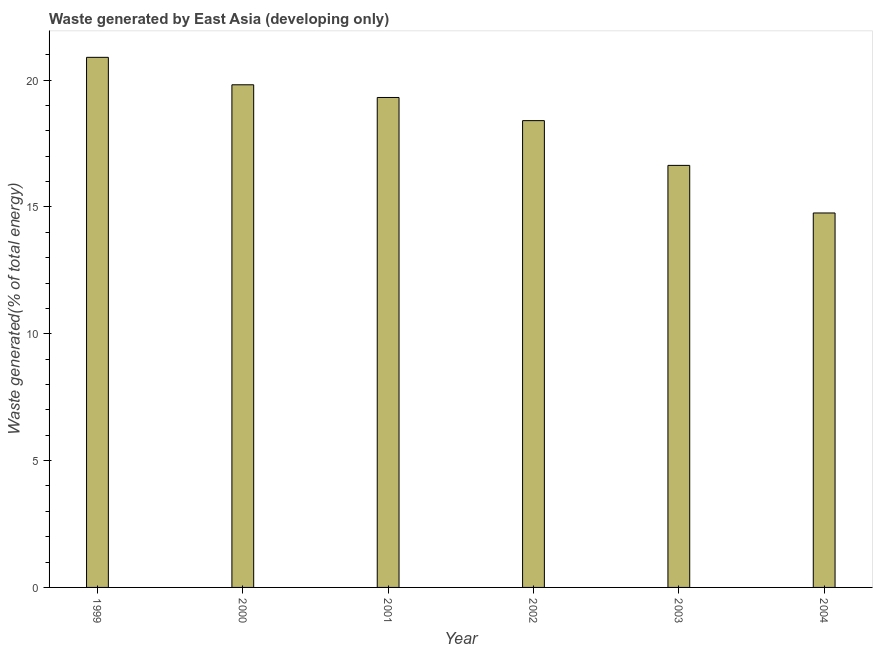
| Year | Combustible renewables and waste (% of total energy) |
 | --- | --- |
 | 1999 | 20.9 |
 | 2000 | 19.8 |
 | 2001 | 19.3 |
 | 2002 | 18.4 |
 | 2003 | 16.6 |
 | 2004 | 14.8 |